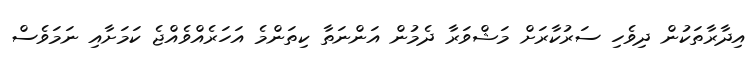
އިދާރާތަކުން ދިވެހި ސަރުކާރަށް މަޝްވަރާ ދެމުން އަންނަތާ ކިތަންމެ އަހަރެއްވެއްޖެ ކަމަށާއި ނަމަވެސް